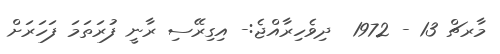
މާރޗް 13 - 1972  ދިވެހިރާއްޖެ:- އިގިރޭސި ރާނީ ފުރަތަމަ ފަހަރަށް